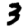
Digit: 3